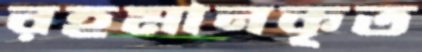
রহমানকৃত